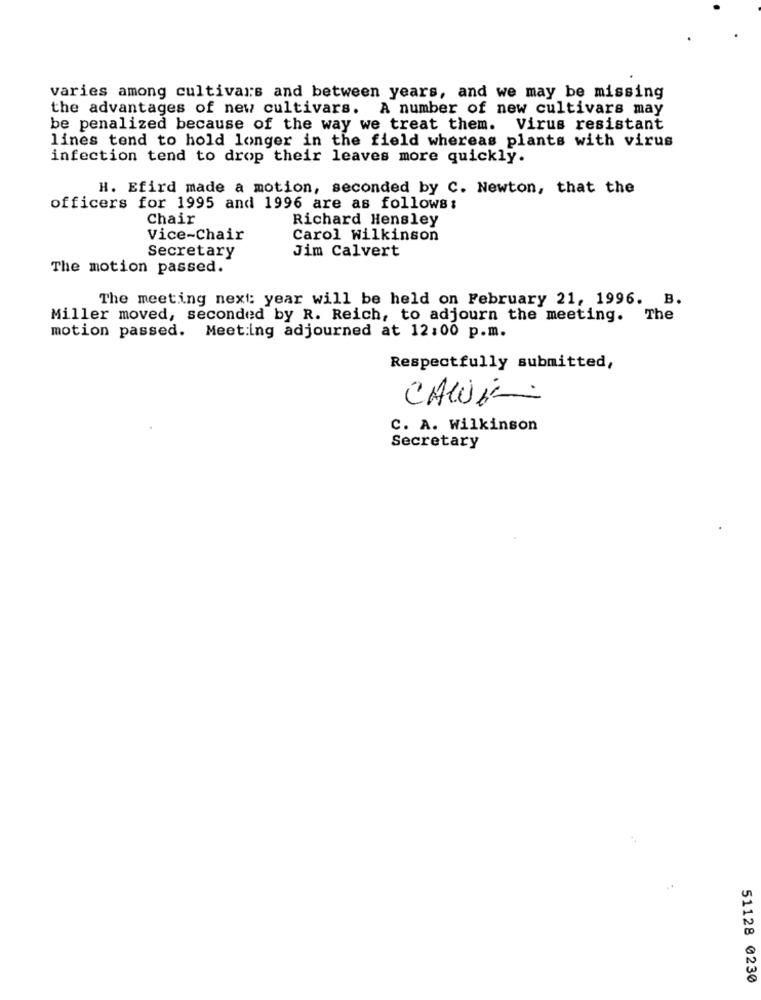
varies among cultivars and between years, and we may be missing
the advantages of new cultivars. A number of new cultivars may
be penalized because of the way we treat them. Virus resistant
lines tend to hold longer in the field whereas plants with virus
infection tend to drop their leaves more quickly.
H. Efird made a motion, seconded by C. Newton, that the
officers for 1995 and 1996 are as follows:
Chair
Richard Hensley
Vice-Chair
Carol Wilkinson
Secretary
Jim Calvert
The motion passed.
The meeting next: year will be held on February 21, 1996. B.
Miller moved, seconded by R. Reich, to adjourn the meeting. The
motion passed. Meeting adjourned at 12:00 p.m.
Respectfully submitted,
CALI-
C. A. Wilkinson
Secretary
51128 0230